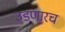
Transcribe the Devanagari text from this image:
उडणारच